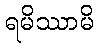
ရမိဿာမိ